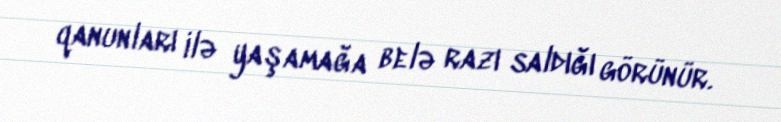
qanunları ilə yaşamağa belə razı saldığı görünür.